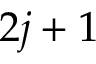
2 j + 1